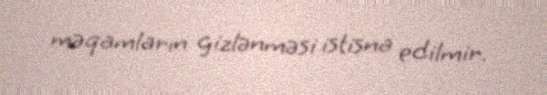
məqamların gizlənməsi istisna edilmir.